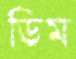
ডিম